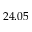
2 4 . 0 5